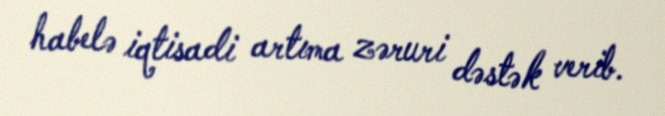
habelə iqtisadi artıma zəruri dəstək verib.